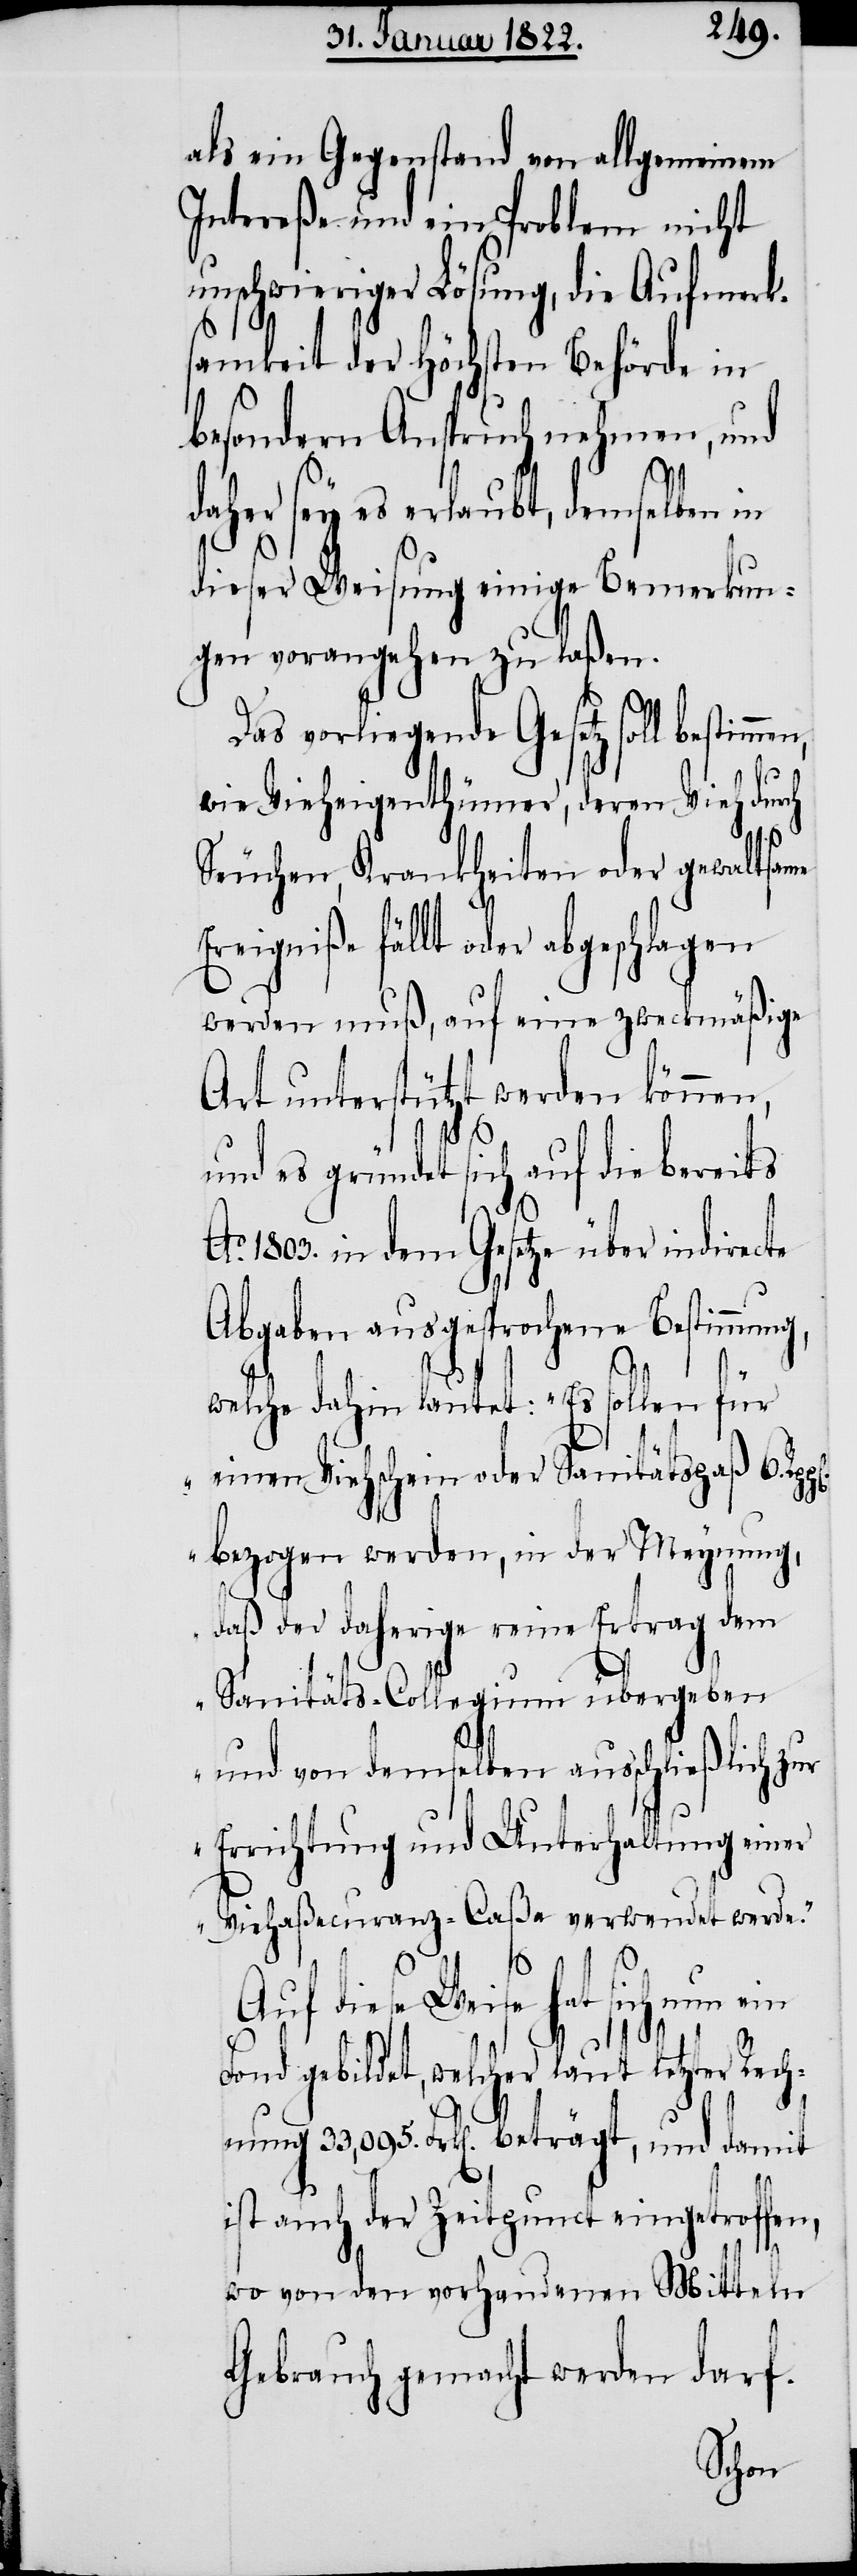
als ein Gegenstand von allgemeinem
Intereße und ein Problem nicht
unschwieriger Lösung, die Aufmerks¬
amkeit der höchsten Behörde in
besondern Anspruch nehmen, und
daher sey es erlaubt, demselben in
dieser Weisung einige Bemerkun¬
gen vorangehen zu laßen.
Das vorliegende Gesetz soll
wie Vieheigenthümer, deren Vieh durch
Seuchen, Krankheiten oder gewaltsame
werden muß, auf eine zweckmäßige
Art unterstützt werden können,
und es gründet sich auf die bereits
1803. in dem Gesetze über indirecte
Abgaben ausgesprochene Bestimmung,
welche dahin lautet: „Es sollen für
einen Viehschein oder Sanitätspaß 6.
bezogen werden, in der Meynung,
daß der daherige reine Ertrag dem
Sanitäts-Collegium übergeben
und von demselben ausschließlich zur
Errichtung und Unterhaltung einer
Viehaßecuranz-Caßa verwendet werde.“
hat sich nun ein
Fond gebildet, welcher laut letzter Rech¬
nung 33,095. Frk[en]. beträgt, und damit
ist auch der Zeitpunct eingetroffen,
wo von den vorhandenen Mitteln
Gebrauch gemacht werden darf.